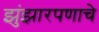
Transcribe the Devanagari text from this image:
झुंझारपणाचे